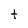
Character: t